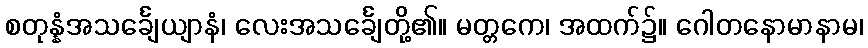
စတုန္နံအသင်္ချေယျာနံ၊ လေးအသင်္ချေတို့၏။ မတ္တကေ၊ အထက်၌။ ဂေါတနောမာနာမ၊